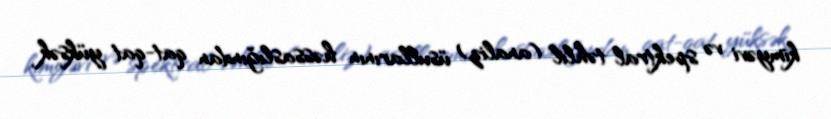
kimyəvi və spektral təhlil (analiz) üsullarının həssaslığından qat-qat yüksək